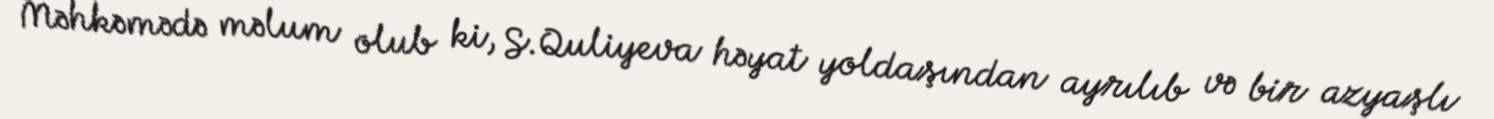
Məhkəmədə məlum olub ki, S.Quliyeva həyat yoldaşından ayrılıb və bir azyaşlı